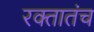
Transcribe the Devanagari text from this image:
रक्तातंच